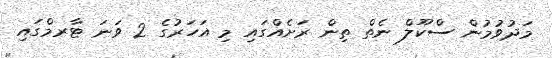
މަދުވުމުން ސްކޫލް ނެތް ތިން ރަށެއްގައި މި އަހަރުގެ 2 ވަނަ ޓާރމްގައި